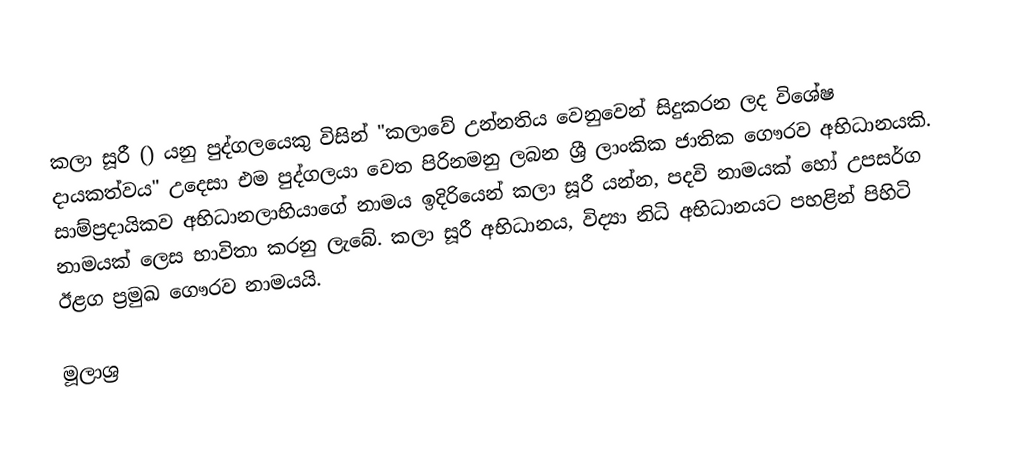
කලා සූරී () යනු පුද්ගලයෙකු විසින් "කලාවේ උන්නතිය වෙනුවෙන් සිදුකරන ලද විශේෂ දායකත්වය" උදෙසා එම පුද්ගලයා වෙත පිරිනමනු ලබන ශ්‍රී ලාංකික ජාතික ගෞරව අභිධානයකි. සාම්ප්‍රදායිකව අභිධානලාභියාගේ නාමය ඉදිරියෙන් කලා සූරී යන්න, පදවි නාමයක් හෝ උපසර්ග නාමයක් ලෙස භාවිතා කරනු ලැබේ. කලා සූරී අභිධානය, විද්‍යා නිධි අභිධානයට පහළින් පිහිටි ඊළග ප්‍රමුඛ ගෞරව නාමයයි.

මූලාශ්‍ර